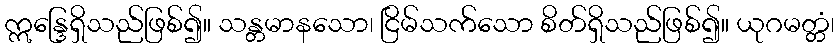
ဣန္ဒြေရှိသည်ဖြစ်၍။ သန္တမာနသော၊ ငြိမ်သက်သော စိတ်ရှိသည်ဖြစ်၍။ ယုဂမတ္တံ၊